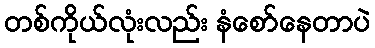
တစ်ကိုယ်လုံးလည်း နံစော်နေတာပဲ